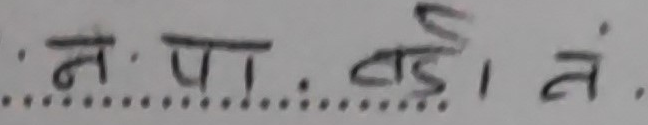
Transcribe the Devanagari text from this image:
न.प.बड़े.१.नं.